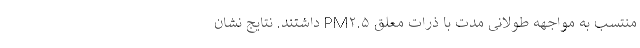
منتسب به مواجهه طولانی مدت با ذرات معلق PM۲.۵ داشتند. نتایج نشان